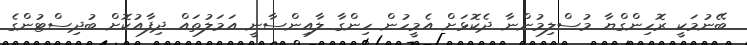
ބޭނުމަކީ ރޮހިންގްޔާ މުސްލިމުންނާ ދެކޮޅަށް އެމީހުން ހިންގާ ލާއިންސާނީ އަމަލުތައް ދިފާއުކޮށް ބުދިސްޓުންގެ